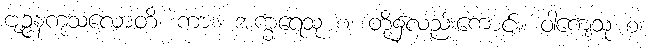
ဗျဉ္ဇနကုသလောတိ၊ ကား။ အက္ခရေသု စ၊ တို့၌လည်းကောင်း။ ဝါကျေသု စ၊